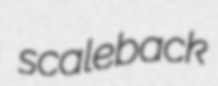
scaleback